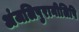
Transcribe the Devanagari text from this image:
अंजलिपुरानीलिपि